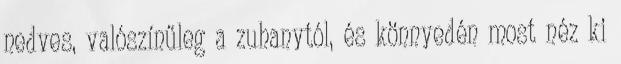
nedves, valószínűleg a zuhanytól, és könnyedén most néz ki